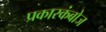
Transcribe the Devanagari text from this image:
प्रकारकंबोज